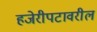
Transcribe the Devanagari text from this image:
हजेरीपटावरील